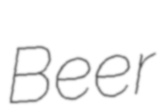
Beer